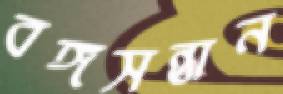
বঙ্গসন্তান